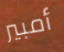
أمبير